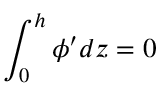
\displaystyle \int _ { 0 } ^ { h } \phi ^ { \prime } d z = 0